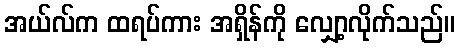
အယ်လ်က ထရပ်ကား အရှိန်ကို လျှော့လိုက်သည်။